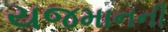
યજમાનની